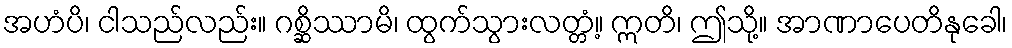
အဟံပိ၊ ငါသည်လည်း။ ဂစ္ဆိဿာမိ၊ ထွက်သွားလတ္တံ့။ ဣတိ၊ ဤသို့။ အာဏာပေတိနုခေါ၊